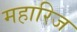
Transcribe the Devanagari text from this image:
महारिज